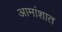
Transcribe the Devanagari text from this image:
आमांशात